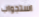
استجواب